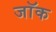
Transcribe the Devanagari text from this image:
जाॅक